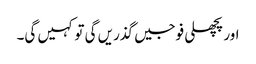
اور پچھلی فوجیں گذریں گی تو کہیں گی۔